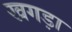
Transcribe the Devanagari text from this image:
खगड़ा